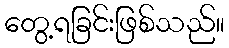
တွေ့ရခြင်းဖြစ်သည်။